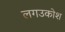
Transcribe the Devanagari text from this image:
लगउकोश